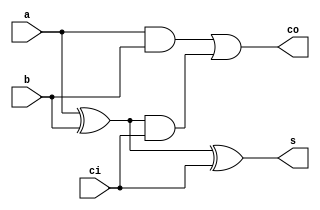
`timescale 1ns / 1ps
//////////////////////////////////////////////////////////////////////////////////
// Company: 
// Engineer: 
// 
// Design Name: 
// Module Name: FullAdder
// Project Name: 
// Target Devices: 
// Tool Versions: 
// Description: 
// 
// Dependencies: 
// 
// Revision:
// Revision 0.01 - File Created
// Additional Comments:
// 
//////////////////////////////////////////////////////////////////////////////////


module FullAdder(
    input a, input b, input ci, output s, output co
    );
    
    assign s = a ^ b ^ ci;
    assign co = (a & b) | ((a ^ b) & ci);
endmodule